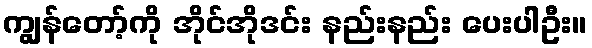
ကျွန်တော့်ကို အိုင်အိုဒင်း နည်းနည်း ပေးပါဦး။